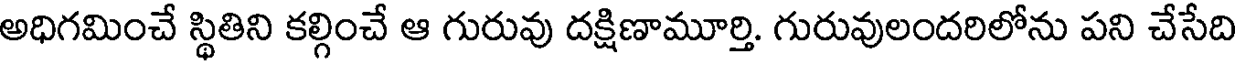
అధిగమించే స్థితిని కల్గించే ఆ గురువు దక్షిణామూర్తి. గురువులందరిలోను పని చేసేది